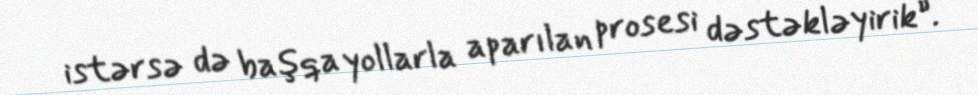
istərsə də başqa yollarla aparılan prosesi dəstəkləyirik”.